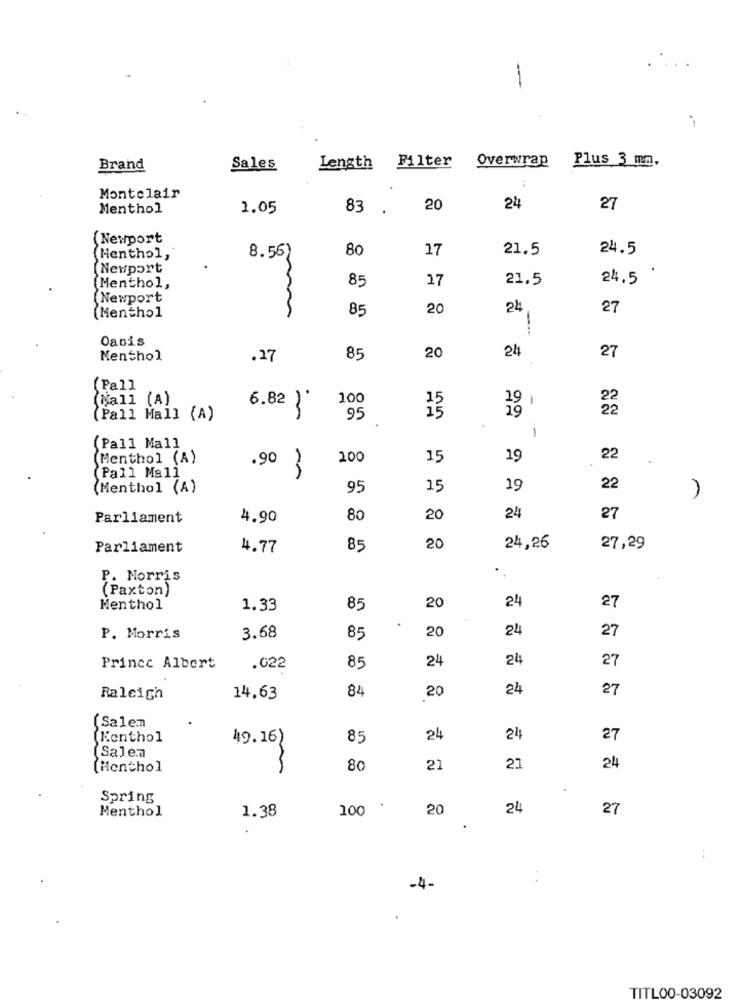
-
Overwrap
Plus 3 mm.
Brand
Sales
Length Filter
Montclair
Menthol
1.05
83 .
20
24
27
(Newport
80
17
21.5
24.5
Henthol,
8.56
Newport
85
17
21.5
24.5
(Menthol,
(Newport
85
20
24
27
(Menthol
1
Oasis
20
24
27
Menthol
.27
85
(Pall
(Nall (A)
100
6.82 )
(Pall Mall (A)
95
.
1
(Pall Mall
(Menthol (A)
.90
200
15
19
22
(Pall Mall
(Menthol (A)
95
15
19
22
Parliament
4.90
80
20
24
27
Parliament
4.77
85
20
24,26
27,29
..
P. Morris
(Paxton)
24
27
Menthol
1.33
85
20
20
24
27
P. Morris
3.68
85
24
24
27
Prince Albert
.022
85
84
20
24
27
Raleigh
14.63
(Salem
(Kenthol
49.16)
85
24
24
27
(Salen
(Menthol
80
21
24
Spring
Menthol
1.38
100
20
24
27
..
-4-
TITL00-03092